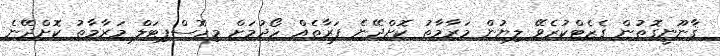
ޤާނޫނީގޮތުން ގެޒެޓްކުރެވޭ ލިޔުން މަރާމާތު ކޮށްދޭނެ ފަރާތެއް ހޯދުމަށް މިހޮސްޕިޓަލް މަރާމާތު ކޮށްދޭނެ